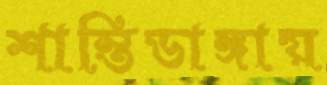
শান্তিডাঙ্গায়